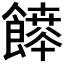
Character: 𩞳